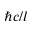
\hbar c / l